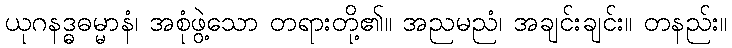
ယုဂနဒ္ဓဓမ္မာနံ၊ အစုံဖွဲ့သော တရားတို့၏။ အညမညံ၊ အချင်းချင်း။ တနည်း။